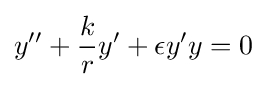
y''+{\frac {k}{r}}y'+\epsilon y'y=0